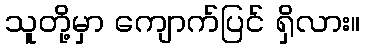
သူတို့မှာ ကျောက်ပြင် ရှိလား။